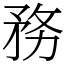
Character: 務